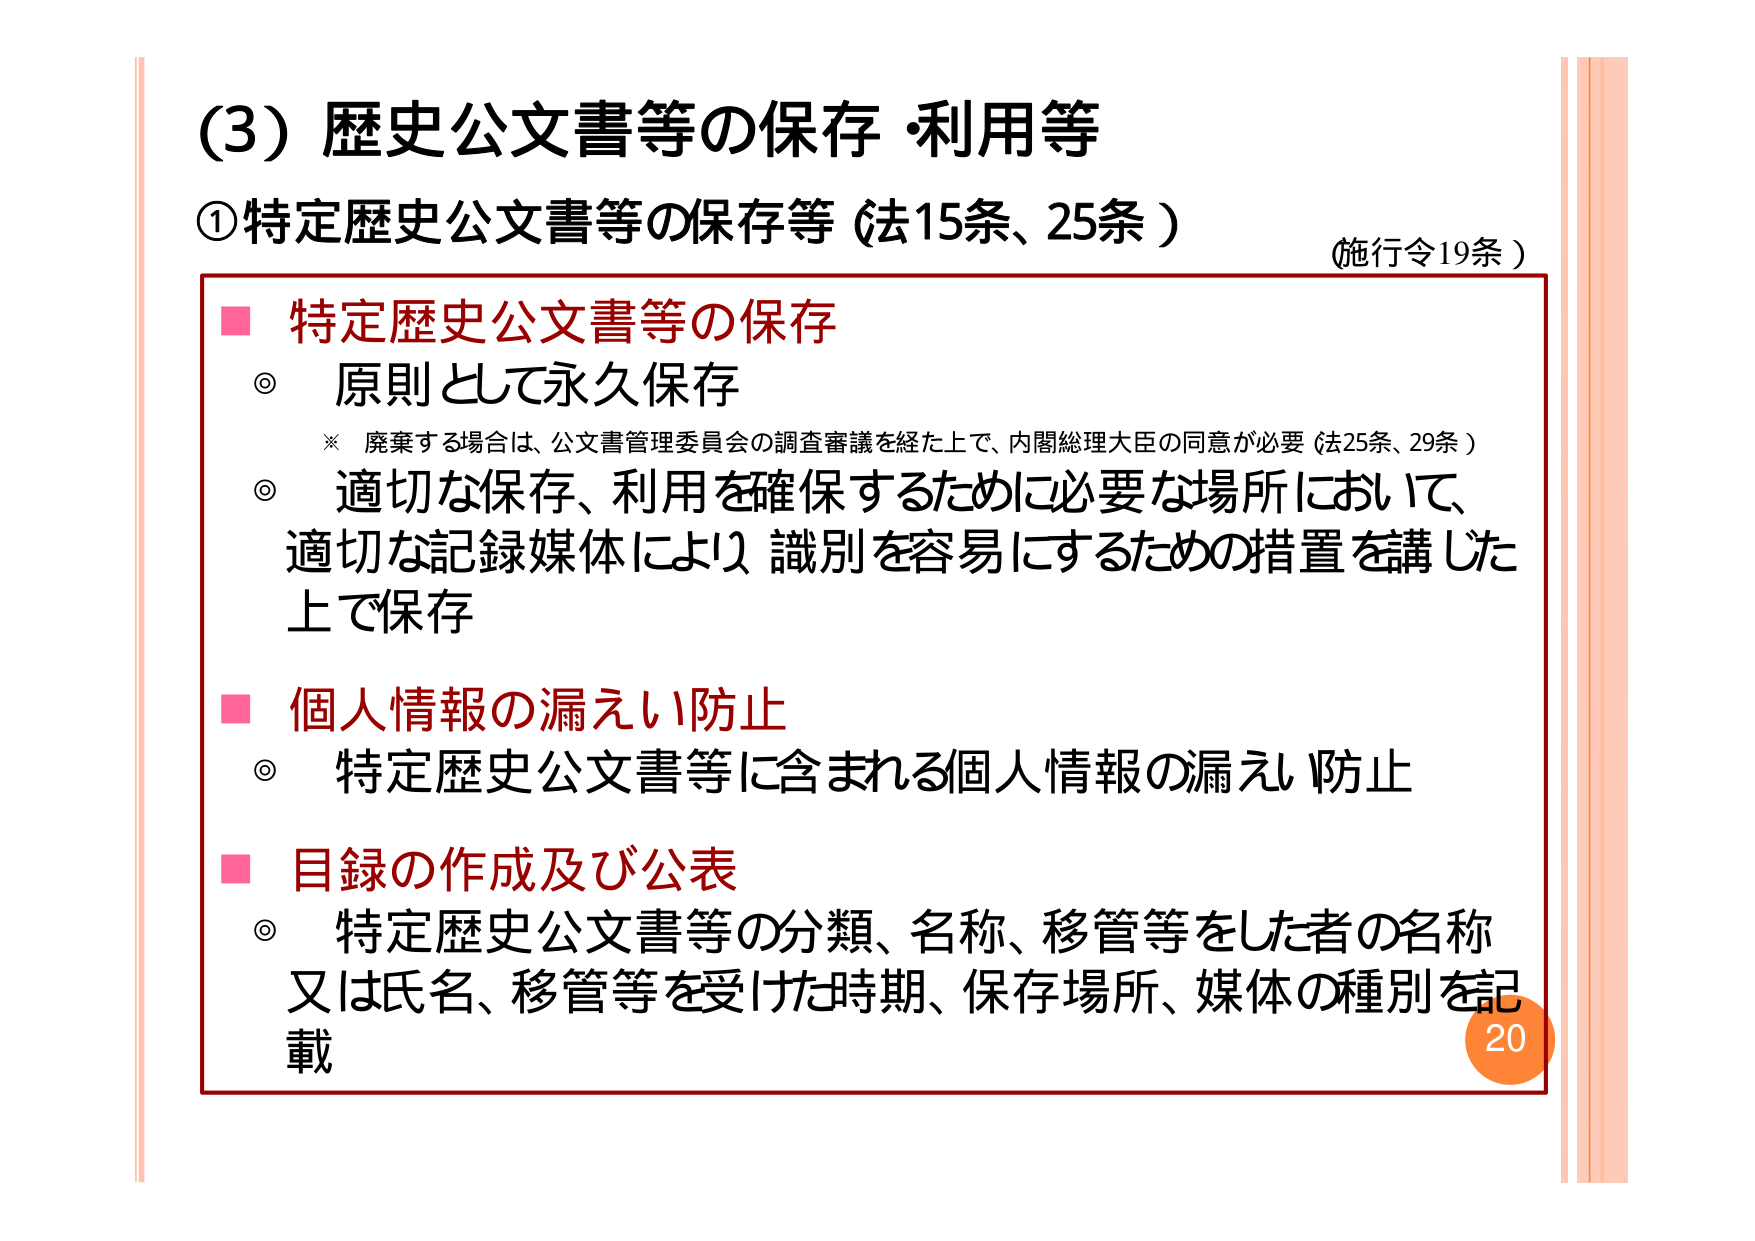
(3) 歴史公文書等の保存・利用等
①特定歴史公文書等の保存等（法15条、25条）
（施行令19条）

■ 特定歴史公文書等の保存
◎ 原則として永久保存
　※ 廃棄する場合は、公文書管理委員会の調査審議を経た上で、内閣総理大臣の同意が必要（法25条、29条）
◎ 適切な保存、利用を確保するために必要な場所において、
　適切な記録媒体により識別を容易にするための措置を講じた上で保存

■ 個人情報の漏えい防止
◎ 特定歴史公文書等に含まれる個人情報の漏えい防止

■ 目録の作成及び公表
◎ 特定歴史公文書等の分類、名称、移管等をした者の名称
　又は氏名、移管等を受けた時期、保存場所、媒体の種別を記載

20